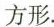
方形.